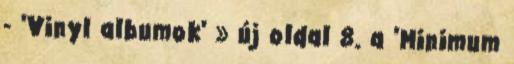
- 'Vinyl albumok' » új oldal 8. a 'Minimum